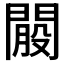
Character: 𨵐